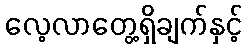
လေ့လာတွေ့ရှိချက်နှင့်